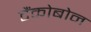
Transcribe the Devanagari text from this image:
टैंकोबोन